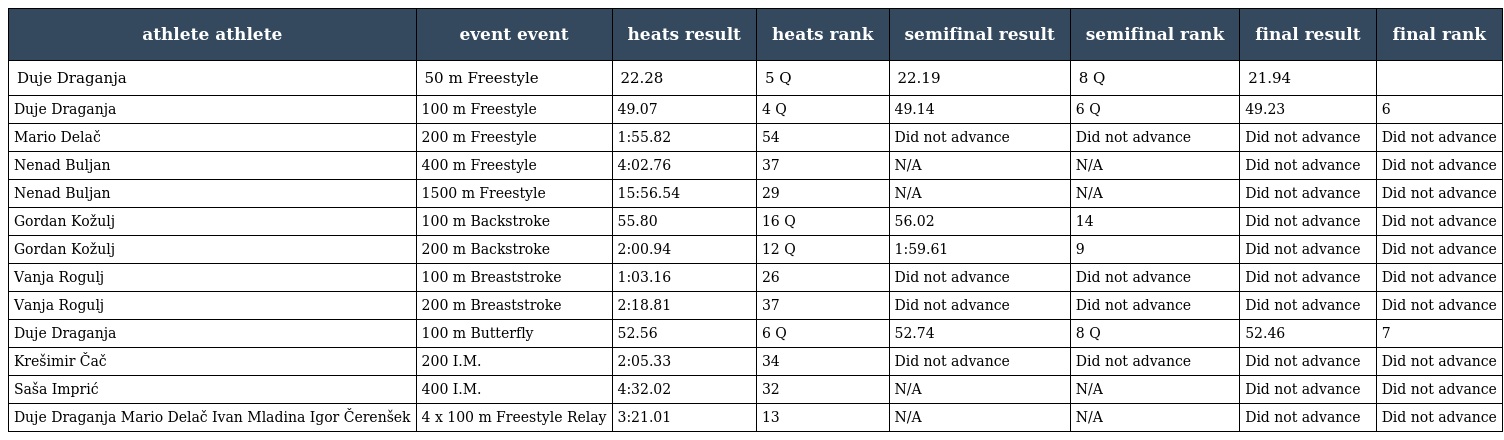
| athlete athlete | event event | heats result | heats rank | semifinal result | semifinal rank | final result | final rank |
 | --- | --- | --- | --- | --- | --- | --- | --- |
 | Duje Draganja | 50 m Freestyle | 22.28 | 5 Q | 22.19 | 8 Q | 21.94 |  |
 | Duje Draganja | 100 m Freestyle | 49.07 | 4 Q | 49.14 | 6 Q | 49.23 | 6 |
 | Mario Delač | 200 m Freestyle | 1:55.82 | 54 | Did not advance | Did not advance | Did not advance | Did not advance |
 | Nenad Buljan | 400 m Freestyle | 4:02.76 | 37 | N/A | N/A | Did not advance | Did not advance |
 | Nenad Buljan | 1500 m Freestyle | 15:56.54 | 29 | N/A | N/A | Did not advance | Did not advance |
 | Gordan Kožulj | 100 m Backstroke | 55.80 | 16 Q | 56.02 | 14 | Did not advance | Did not advance |
 | Gordan Kožulj | 200 m Backstroke | 2:00.94 | 12 Q | 1:59.61 | 9 | Did not advance | Did not advance |
 | Vanja Rogulj | 100 m Breaststroke | 1:03.16 | 26 | Did not advance | Did not advance | Did not advance | Did not advance |
 | Vanja Rogulj | 200 m Breaststroke | 2:18.81 | 37 | Did not advance | Did not advance | Did not advance | Did not advance |
 | Duje Draganja | 100 m Butterfly | 52.56 | 6 Q | 52.74 | 8 Q | 52.46 | 7 |
 | Krešimir Čač | 200 I.M. | 2:05.33 | 34 | Did not advance | Did not advance | Did not advance | Did not advance |
 | Saša Imprić | 400 I.M. | 4:32.02 | 32 | N/A | N/A | Did not advance | Did not advance |
 | Duje Draganja Mario Delač Ivan Mladina Igor Čerenšek | 4 x 100 m Freestyle Relay | 3:21.01 | 13 | N/A | N/A | Did not advance | Did not advance |